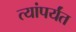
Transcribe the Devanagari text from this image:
त्यांपर्यंत